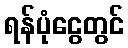
ရန်ပုံငွေတွင်